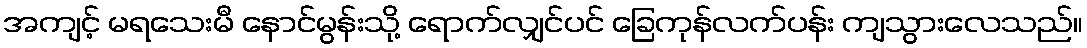
အကျင့် မရသေးမီ နောင်မွန်းသို့ ရောက်လျှင်ပင် ခြေကုန်လက်ပန်း ကျသွားလေသည်။